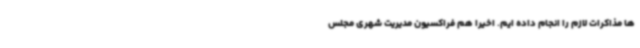
ها مذاکرات لازم را انجام داده ایم. اخیرا هم فراکسیون مدیریت شهری مجلس